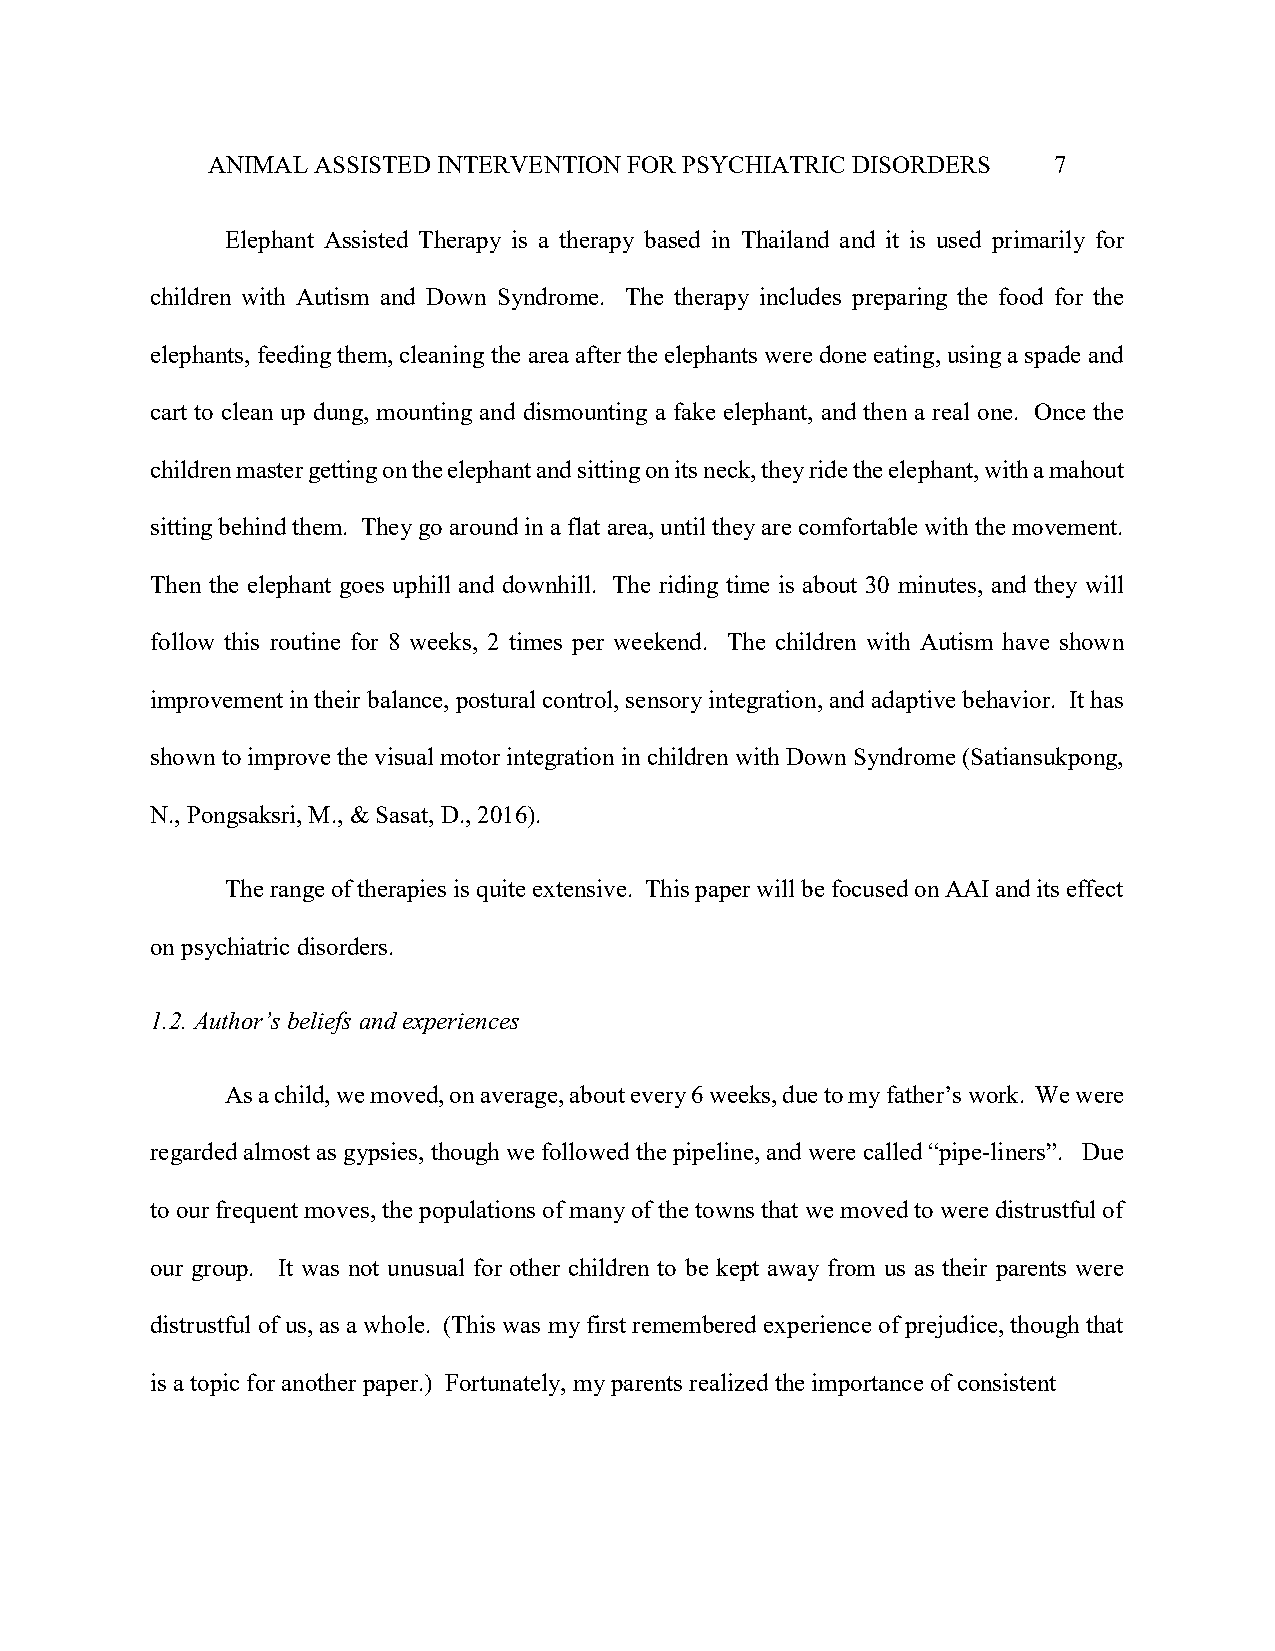
ANIMAL ASSISTED INTERVENTION FOR PSYCHIATRIC DISORDERS  7
 Elephant Assisted Therapy is a therapy based in Thailand and it is used primarily for
 children with Autism and Down Syndrome. The therapy includes preparing the food for the
 elephants, feeding them, cleaning the area after the elephants were done eating, using a spade and
 cart to clean up dung, mounting and dismounting a fake elephant, and then a real one. Once the
 children master getting on the elephant and sitting on its neck, they ride the elephant, with a mahout
 sitting behind them. They go around in a flat area, until they are comfortable with the movement.
 Then the elephant goes uphill and downhill. The riding time is about 30 minutes, and they will
 follow this routine for 8 weeks, 2 times per weekend. The children with Autism have shown
 improvement in their balance, postural control, sensory integration, and adaptive behavior. It has
 shown to improve the visual motor integration in children with Down Syndrome (Satiansukpong,
 N., Pongsaksri, M., & Sasat, D., 2016).
 The range of therapies is quite extensive. This paper will be focused on AAI and its effect
 on psychiatric disorders.
 1.2. Author’s beliefs and experiences
 As a child, we moved, on average, about every 6 weeks, due to my father’s work. We were
 regarded almost as gypsies, though we followed the pipeline, and were called “pipe-liners”. Due
 to our frequent moves, the populations of many of the towns that we moved to were distrustful of
 our group. It was not unusual for other children to be kept away from us as their parents were
 distrustful of us, as a whole. (This was my first remembered experience of prejudice, though that
 is a topic for another paper.) Fortunately, my parents realized the importance of consistent